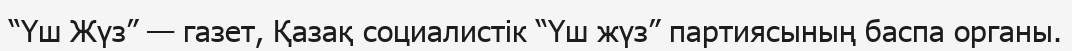
“Үш Жүз” — газет, Қазақ социалистік “Үш жүз” партиясының баспа органы.